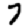
Digit: 7